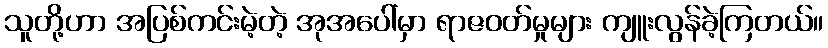
သူတို့ဟာ အပြစ်ကင်းမဲ့တဲ့ အုအပေါ်မှာ ရာဇဝတ်မှုများ ကျူးလွန်ခဲ့ကြတယ်။